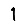
Digit: 1